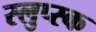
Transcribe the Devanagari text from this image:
स्लुप्स्क